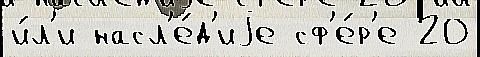
и́л'и насл'е́д'иjе сф'е́р'е 20